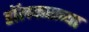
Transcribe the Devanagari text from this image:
डॉलफसच्या